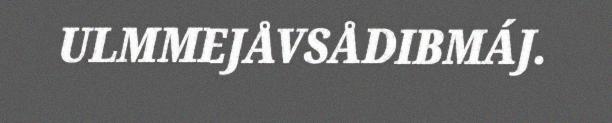
ULMMEJÅVSÅDIBMÁJ.